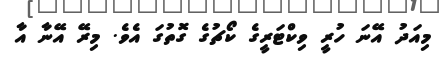
މިއަދު އޭނަ ހުރީ ވިކްޓަރީގެ ކޯޗުގެ ގޮތުގަ އެވެ. މިރޭ އޭނާ އާ